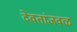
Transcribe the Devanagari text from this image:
देवतांजवळ